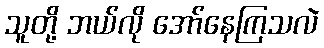
သူတို့ ဘယ်လို အော်နေကြသလဲ